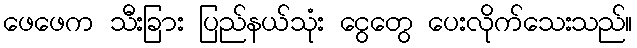
ဖေဖေက သီးခြား ပြည်နယ်သုံး ငွေတွေ ပေးလိုက်သေးသည်။